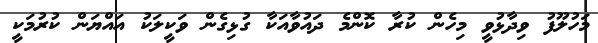
މަހުލޫފު ވިދާޅުވީ މިހެން ކުރާ ކޮންމެ ދައުވާއަކާ ގުޅިގެން ވަކީލަކު އައްޔަން ކުރުމަކީ